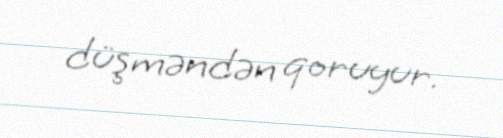
düşməndən qoruyur.